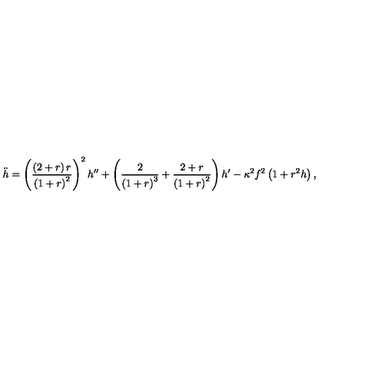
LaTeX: \ddot { h } = \left( \frac { \left( 2 + r \right) r } { \left( 1 + r \right) ^ { 2 } } \right) ^ { 2 } h ^ { \prime \prime } + \left( \frac { 2 } { \left( 1 + r \right) ^ { 3 } } + \frac { 2 + r } { \left( 1 + r \right) ^ { 2 } } \right) h ^ { \prime } - \kappa ^ { 2 } f ^ { 2 } \left( 1 + r ^ { 2 } h \right) ,